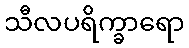
သီလပရိက္ခာရော